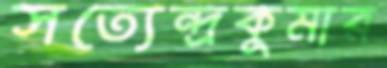
সত্যেন্দ্রকুমার